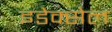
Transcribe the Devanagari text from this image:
इडेक्सेल